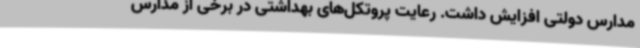
مدارس دولتی افزایش داشت. رعایت پروتکل‌های بهداشتی در برخی از مدارس